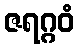
ဇရဂ္ဂဝံ